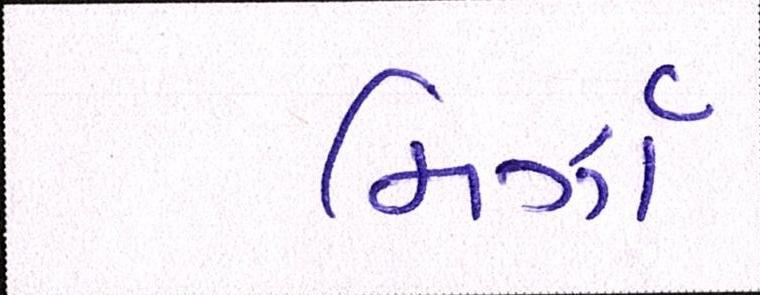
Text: મિર્ઝા